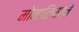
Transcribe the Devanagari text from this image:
मोनालिसाने